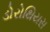
ડોરોથિયસ